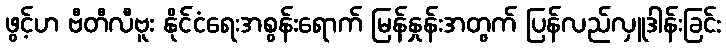
ဖွင့်ဟ ဗီတီလီဗူး နိုင်ငံရေးအစွန်းရောက် မြန်နှုန်းအတွက် ပြန်လည်လှူဒါန်းခြင်း